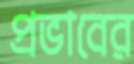
প্রভাবের